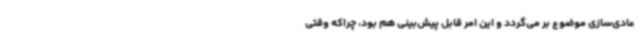
عادی‌سازی موضوع بر می‌گردد و این امر قابل پیش‌بینی هم بود، چراکه وقتی